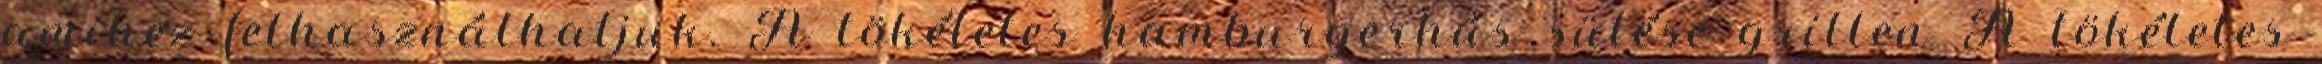
amihez felhasználhatjuk. A tökéletes hamburgerhús sütése grillen A tökéletes